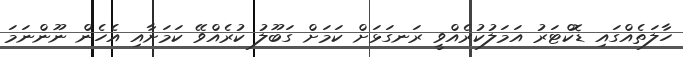
ހާލަތެއްގައި ޑޮކްޓަރު އަމަލުކުރެއްވީ ރަނގަޅަށް ކަމަށް ގަބޫލު ކުރެއްވޭ ކަމަށާއި އެހެން ނޫންނަމަ